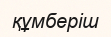
құмберіш